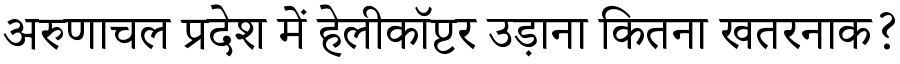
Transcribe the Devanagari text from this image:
अरुणाचल प्रदेश में हेलीकॉप्टर उड़ाना कितना खतरनाक?